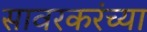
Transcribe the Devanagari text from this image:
सावरकरंच्या